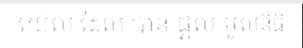
យ៉េល ដែល បាន ផ្តល់ មូលនិធិ